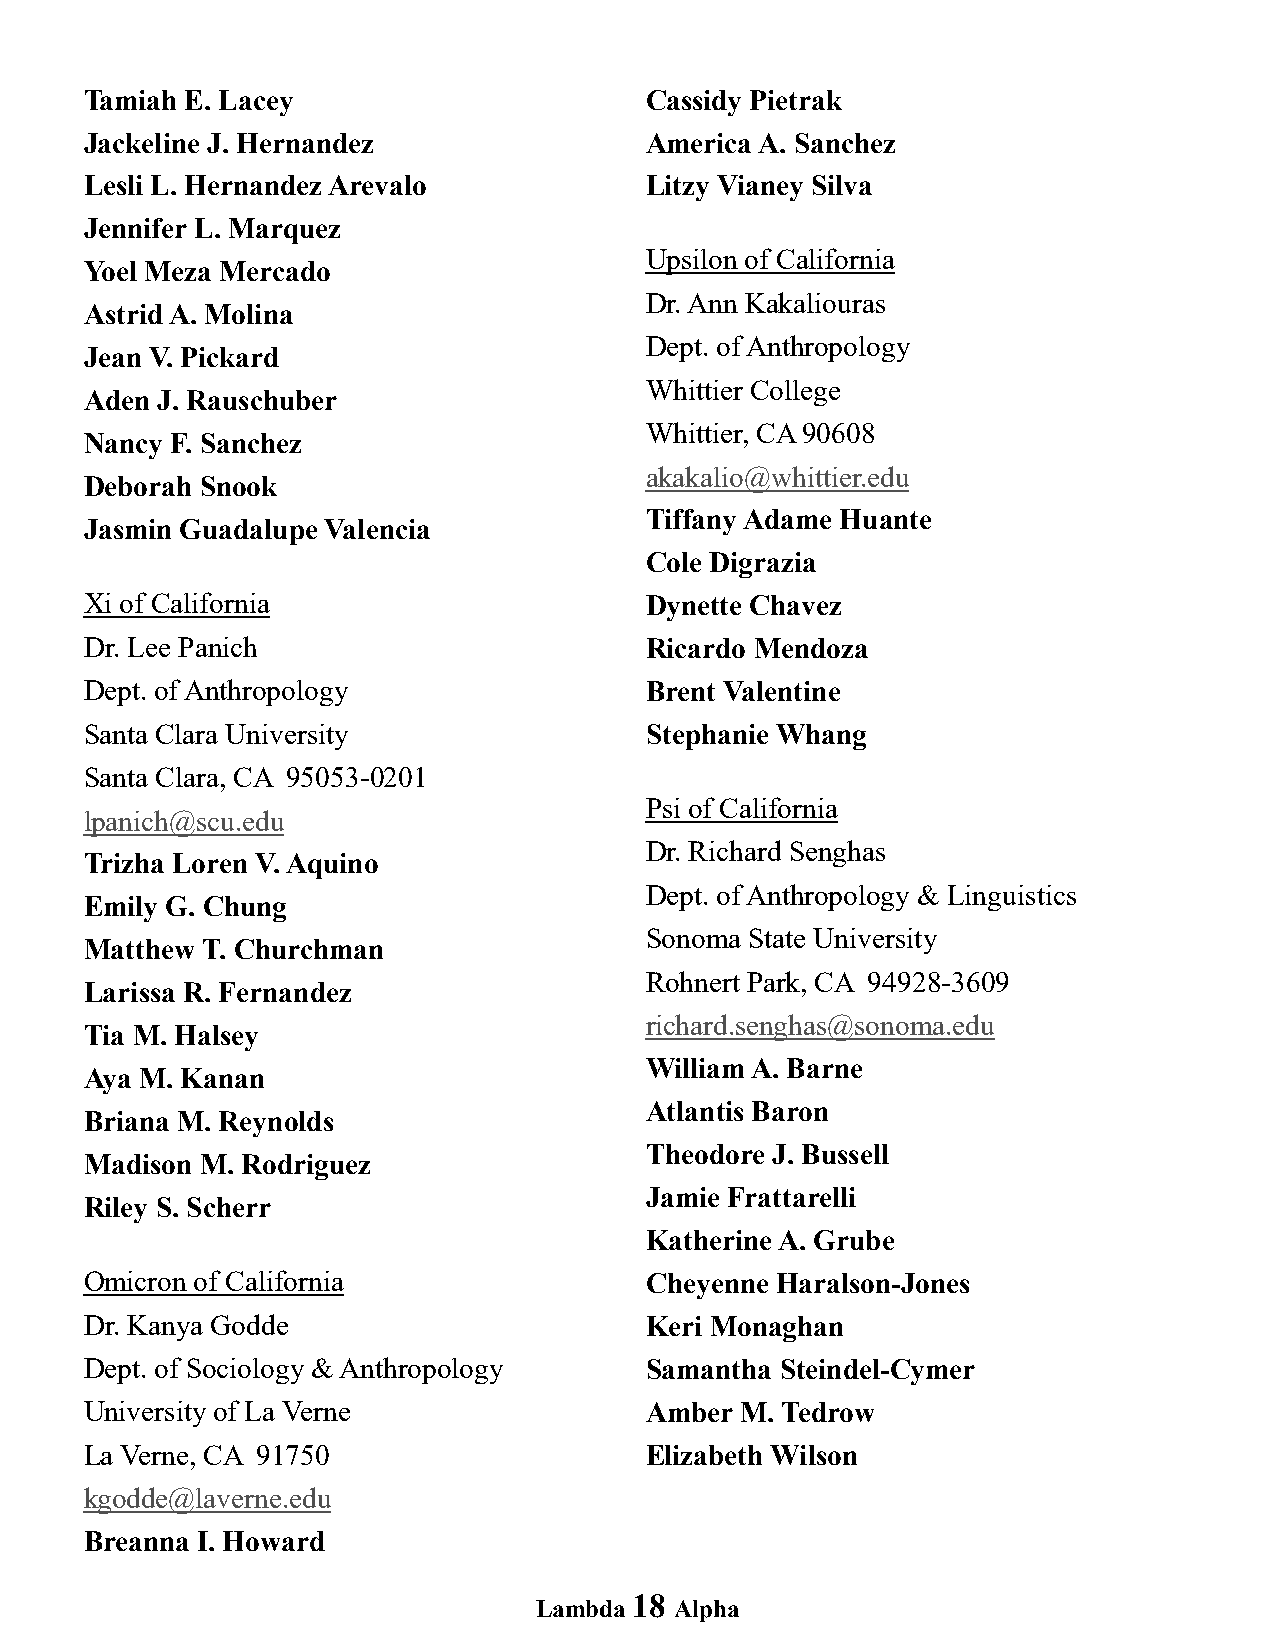
Tamiah E. Lacey                      Cassidy Pietrak
 Jackeline J. Hernandez               America A. Sanchez
 Lesli L. Hernandez Arevalo           Litzy Vianey Silva
 Jennifer L. Marquez
 Upsilon of California
 Yoel Meza Mercado
 Dr. Ann Kakaliouras
 Astrid A. Molina
 Dept. of Anthropology
 Jean V. Pickard
 Whittier College
 Aden J. Rauschuber
 Whittier, CA 90608
 Nancy F. Sanchez
 akakalio@whittier.edu
 Deborah Snook
 Tiffany Adame Huante
 Jasmin Guadalupe Valencia
 Cole Digrazia
 Xi of California                     Dynette Chavez
 Dr. Lee Panich                       Ricardo Mendoza
 Dept. of Anthropology                Brent Valentine
 Santa Clara University               Stephanie Whang
 Santa Clara, CA 95053-0201
 Psi of California
 lpanich@scu.edu
 Dr. Richard Senghas
 Trizha Loren V. Aquino
 Dept. of Anthropology & Linguistics
 Emily G. Chung
 Sonoma State University
 Matthew T. Churchman
 Rohnert Park, CA 94928-3609
 Larissa R. Fernandez
 richard.senghas@sonoma.edu
 Tia M. Halsey
 William A. Barne
 Aya M. Kanan
 Atlantis Baron
 Briana M. Reynolds
 Theodore J. Bussell
 Madison M. Rodriguez
 Jamie Frattarelli
 Riley S. Scherr
 Katherine A. Grube
 Omicron of California                Cheyenne Haralson-Jones
 Dr. Kanya Godde                      Keri Monaghan
 Dept. of Sociology & Anthropology    Samantha Steindel-Cymer
 University of La Verne               Amber M. Tedrow
 La Verne, CA 91750                   Elizabeth Wilson
 kgodde@laverne.edu
 Breanna I. Howard
 18
 Lambda    Alpha